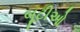
બૂટીઓ